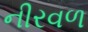
નીરવળ